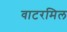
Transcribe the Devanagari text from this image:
वाटरमिल